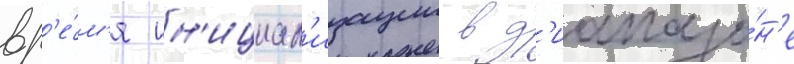
вр'е́м'я ин'ициал'изации в д'иапазо́н'е